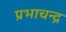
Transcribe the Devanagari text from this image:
प्रभाचन्द्र